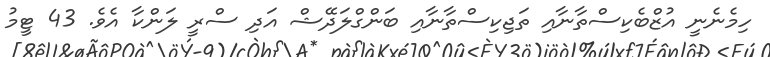
ހިމެނެނީ އުޒްބެކިސްތާނާއި ތަޖިކިސްތާނާއި ބަންގްލަދޭޝް އަދި ސްރީ ލަންކާ އެވެ. 43 ޓީމު